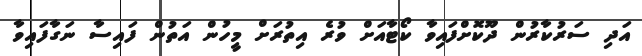
އަދި ސަރުކާރުން ދޫކޮށްފައިވާ ކޯޓާއަށް ވުރެ އިތުރަށް މީހުން އަތުން ފައިސާ ނަގާފައިވާ